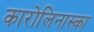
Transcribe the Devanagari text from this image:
कारोलिनास्का